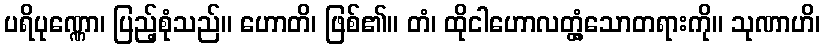
ပရိပုဏ္ဏော၊ ပြည့်စုံသည်။ ဟောတိ၊ ဖြစ်၏။ တံ၊ ထိုငါဟောလတ္တံ့သောတရားကို။ သုဏာဟိ၊